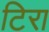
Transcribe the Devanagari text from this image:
टिरा